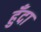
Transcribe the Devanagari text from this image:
हुँदा